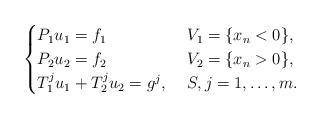
LaTeX: \begin{align*} \begin{cases} P_1 u_1 = f_1 & \ V_1 = \{ x_n <0\},\\ P_2 u_2 = f_2 & \ V_2 = \{ x_n >0\},\\ T^j_1u_1+T_2^ju_2=g^j, & \ S,j=1,\dots,m. \end{cases}\end{align*}